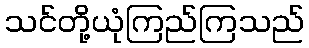
သင်တို့ယုံကြည်ကြသည်